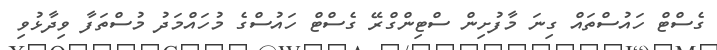
ގެސްޓް ހައުސްތައް ގިނަ މާފުށިން ސްޓިންގްރޭ ގެސްޓް ހައުސްގެ މުހައްމަދު މުސްތަފާ ވިދާޅުވި